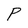
Character: P